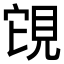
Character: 䙾